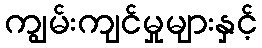
ကျွမ်းကျင်မှုများနှင့်